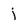
Character: j